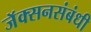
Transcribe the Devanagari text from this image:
जॅक्सनसंबंधी